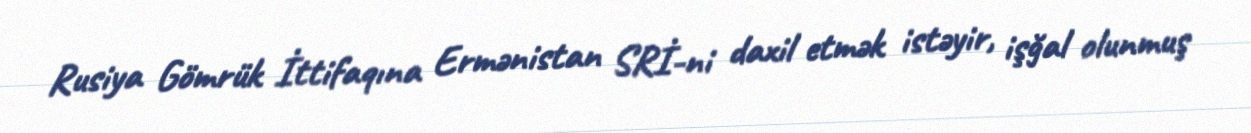
Rusiya Gömrük İttifaqına Ermənistan SRİ-ni daxil etmək istəyir, işğal olunmuş